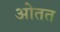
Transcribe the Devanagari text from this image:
ओतत